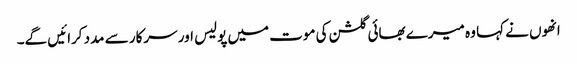
انھوں نے کہا وہ میرے بھائی گلشن کی موت میں پولیس اور سرکار سے مدد کرائیں گے۔